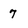
Character: 7